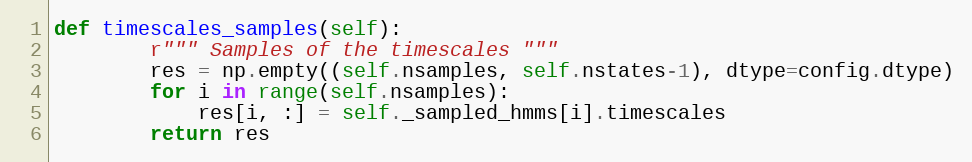
Language: Python
def timescales_samples(self):
        r""" Samples of the timescales """
        res = np.empty((self.nsamples, self.nstates-1), dtype=config.dtype)
        for i in range(self.nsamples):
            res[i, :] = self._sampled_hmms[i].timescales
        return res